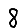
Digit: 8